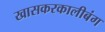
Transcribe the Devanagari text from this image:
खासकरकालीबंग